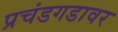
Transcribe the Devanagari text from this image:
प्रचंडगडावर